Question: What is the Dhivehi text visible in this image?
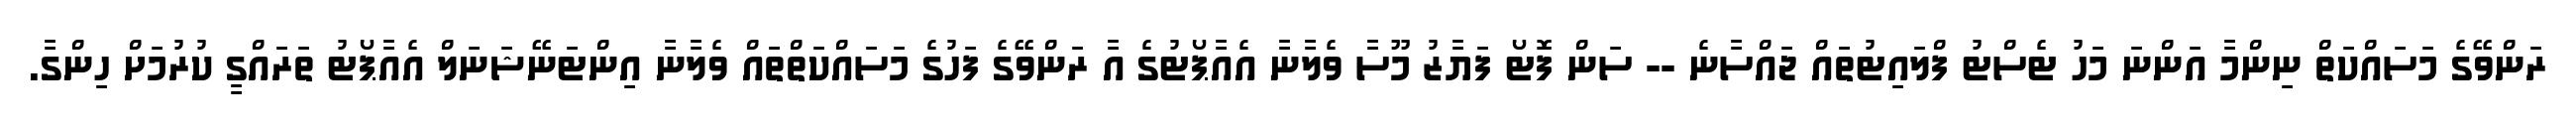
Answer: ރަންވޭގެ މަސައްކަތް ނިންމާ އަންނަ މަހު ޓެސްޓު ފްލައިޓުތައް ޖައްސާނެ -- ސަން ފޮޓޯ ފަޔާޒު މޫސާ ވެލާނާ އެއާޕޯޓުގެ އާ ރަންވޭގެ ފަހުގެ މަސައްކަތްތައް ވެލާނާ އިންޓަނޭޝަނަލް އެއާޕޯޓު ތަރައްގީ ކުރުމަށް ހިންގާ.